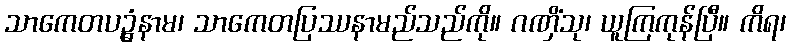
သာကေတပဥ္ဓံနာမ၊ သာကေတပြဿနာမည်သည်ကို။ ဂဏှိံသု၊ ယူကြကုန်ပြီ။ ကိရ၊